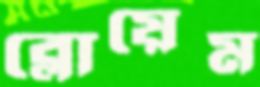
ব্লোয়েম